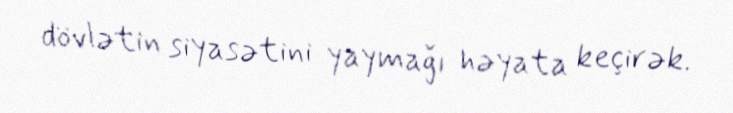
dövlətin siyasətini yaymağı həyata keçirək.